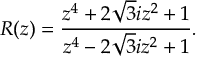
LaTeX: R ( z ) = \frac { z ^ { 4 } + 2 \sqrt { 3 } i z ^ { 2 } + 1 } { z ^ { 4 } - 2 \sqrt { 3 } i z ^ { 2 } + 1 } .